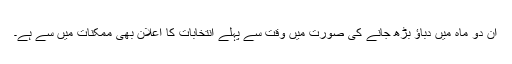
ان دو ماہ میں دباؤ بڑھ جانے کی صورت میں وقت سے پہلے انتخابات کا اعلان بھی ممکنات میں سے ہے۔